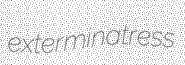
exterminatress